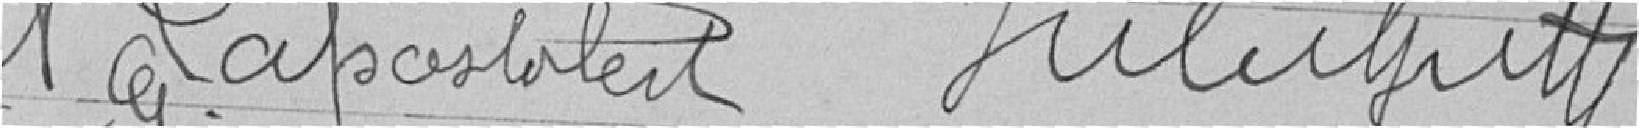
A. LAPOSTOLET       ??????